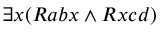
\exists x ( R a b x \land R x c d )